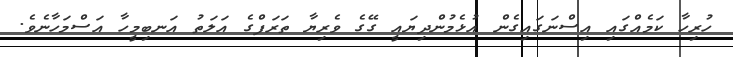
ހުރިހާ ކަމެއްގައި އިސްނަގައިގެން އުޅެމުންދިޔައީ ގޭގެ ވެރިޔާ ތަރަފްގެ އަލަތު އަނބިމީހާ އަސްމަހާނެވެ.